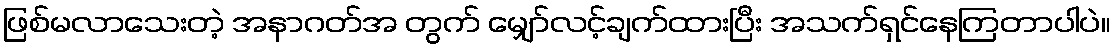
ဖြစ်မလာသေးတဲ့ အနာဂတ်အ တွက် မျှော်လင့်ချက်ထားပြီး အသက်ရှင်နေကြတာပါပဲ။